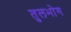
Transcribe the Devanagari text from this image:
तुलभोग